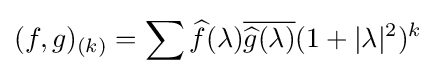
\displaystyle {(f,g)_{(k)}=\sum {\widehat {f}}(\lambda ){\overline {{\widehat {g}}(\lambda )}}(1+|\lambda |^{2})^{k}}